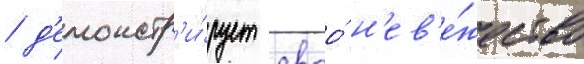
/ д'емонстр'и́рует своо́ н'ев'е́жество